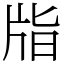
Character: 㸟